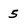
Character: 5